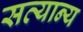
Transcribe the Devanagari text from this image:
सत्यान्य